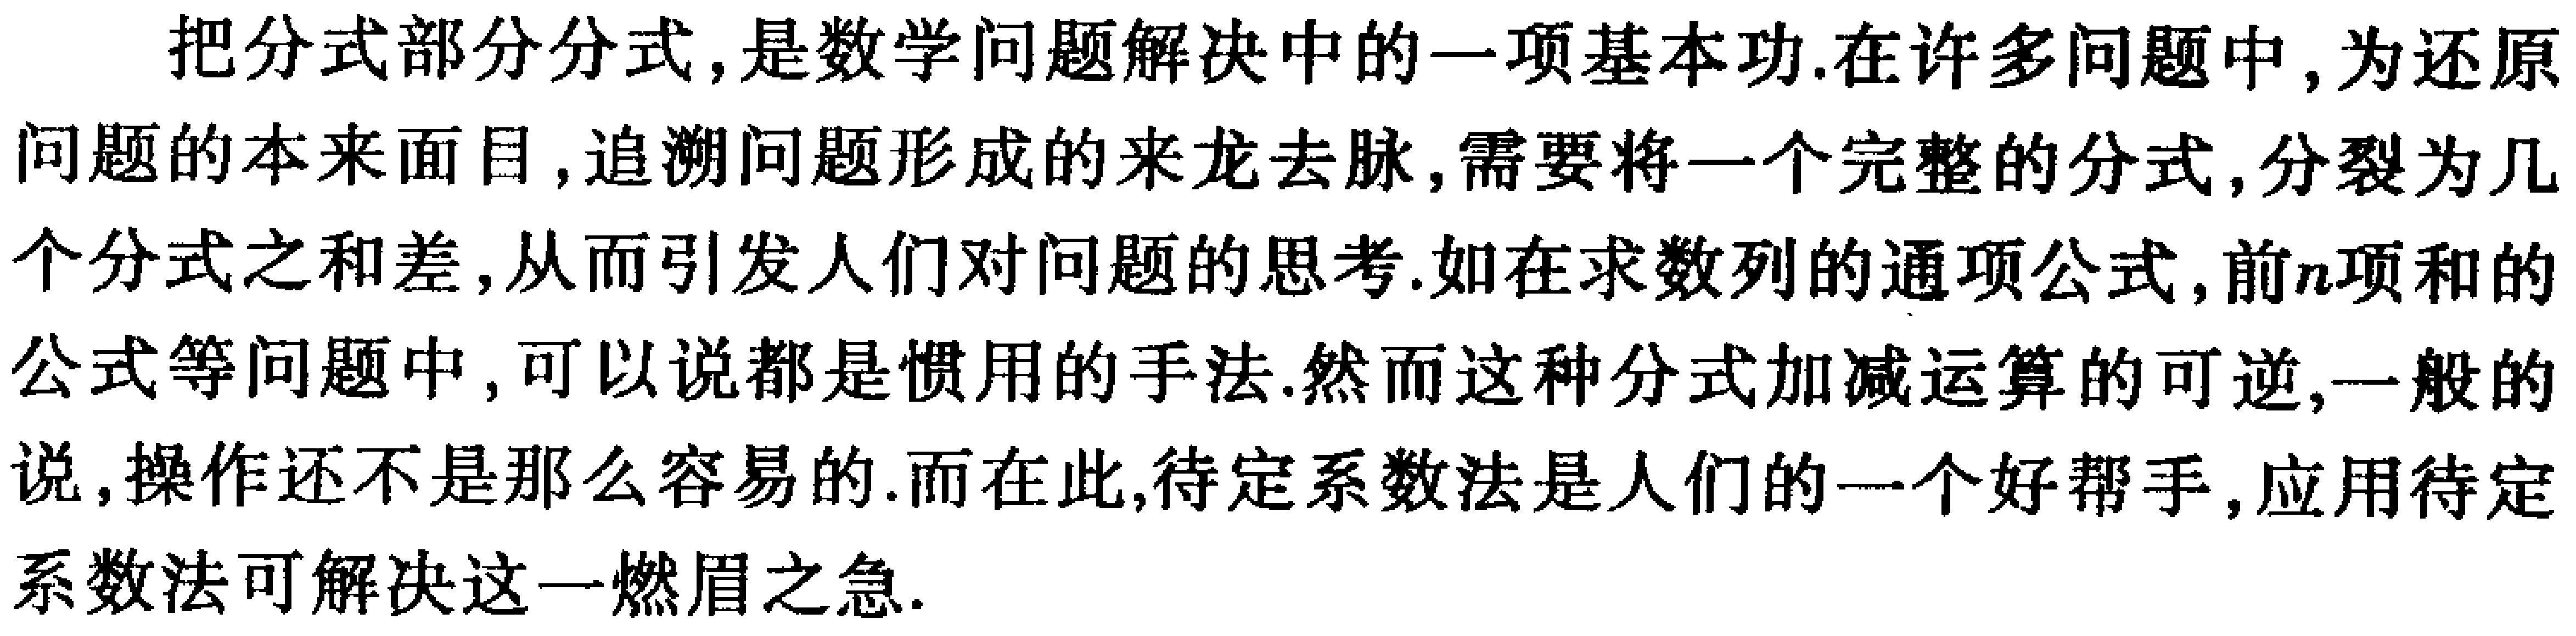
把分式部分分式,是数学问题解决中的一项基本功.在许多问题中,为还原问题的本来面目,追溯问题形成的来龙去脉,需要将一个完整的分式,分裂为几个分式之和差,从而引发人们对问题的思考.如在求数列的通项公式,前\(n\)项和的公式等问题中,可以说都是惯用的手法.然而这种分式加减运算的可逆,一般的说,操作还不是那么容易的.而在此,待定系数法是人们的一个好帮手,应用待定系数法可解决这一燃眉之急.